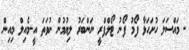
-	މައްސަލަ ހުށަހަޅާ ފޯމު ފޯނު ޓޯލްފްރީ ނަންބަރު ލިޔުމުން ނުވަތަ އީ-މެއިލް މިއިން